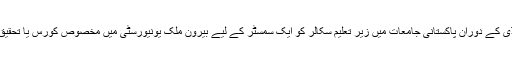
اس ضمن میں HECنے پی ایچ ڈی کے دوران پاکستانی جامعات میں زیر تعلیم سکالر کو ایک سمسٹر کے لیے بیرون ملک یونیورسٹی میں مخصوص کورس یا تحقیق کے لیے فنڈز بھی فراہم کیا ہے۔